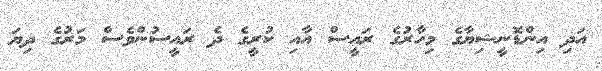
އަދި އިންޑޮނީޝިޔާގެ މިހާރުގެ ރައީސް އާއި ކުރީގެ ދެ ރައީސުންވެސް މަރުގެ ދިޔަ